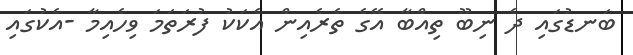
ބަނޑުގައި ދެ ނިބޫ ތިއްބާ އޭގެ ތެރެއިން އެކަކު ފުރަތަމަ ވިހެއިމާ -އެކުގައި